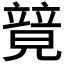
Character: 𥪰